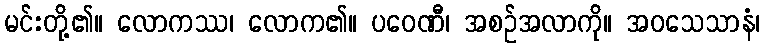
မင်းတို့၏။ လောကဿ၊ လောက၏။ ပဝေဏီ၊ အစဉ်အလာကို။ အဝသေသာနံ၊